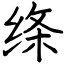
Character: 绦